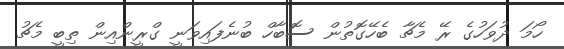
ހޯމަ ދުވަހުގެ ރޭ މެޗާ ބެހޭގޮތުން ސޮބާހް ބުނެފައިވަނީ ގްރީންއިން ތިބީ މެޗު